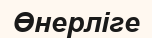
Өнерліге